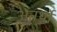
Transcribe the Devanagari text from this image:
अनर्थो